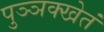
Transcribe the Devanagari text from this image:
पुञ्ञक्खेतं